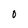
Character: O